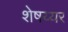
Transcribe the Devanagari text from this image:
शेषय्यर